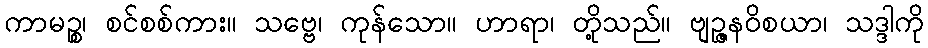
ကာမဉ္စ၊ စင်စစ်ကား။ သဗ္ဗေ၊ ကုန်သော။ ဟာရာ၊ တို့သည်။ ဗျဉ္ဇနဝိစယာ၊ သဒ္ဒါကို